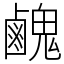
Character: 䴜